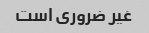
غیر ضروری است